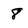
Character: 8